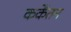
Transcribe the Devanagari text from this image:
कर्केंतन